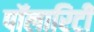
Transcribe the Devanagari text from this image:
पॉलारिटी